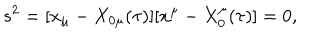
s ^ { 2 } = [ x _ { \mu } - X _ { 0 \mu } ( \tau ) ] [ x ^ { \mu } - X _ { 0 } ^ { \mu } ( \tau ) ] = 0 ,